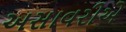
અસાવરીએ